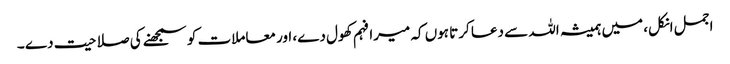
اجمل انکل، میں ہمیشہ اللہ سے دعا کرتا ہوں کہ میرا فہم کھول دے، اور معاملات کو سمجھنے کی صلاحیت دے ۔